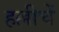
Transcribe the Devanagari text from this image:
हल्लीचें